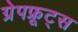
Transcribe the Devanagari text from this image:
ग्रेपफ्रूट्स